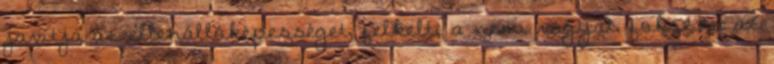
javítja az ellenállóképességet, felkelti a nemi vágyat, fokozza az